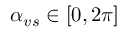
\alpha _ { v s } \in [ 0 , 2 \pi ]